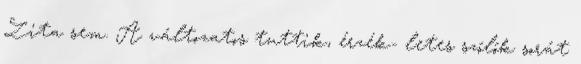
Zita sem. A változatos tuttik, érzék- letes szólók sorát